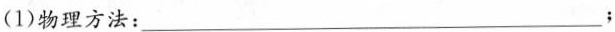
(1)物理方法：___；